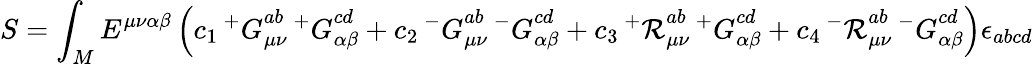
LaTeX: S=\int_{M}E^{\mu\nu\alpha\beta}\left(c_{1}\, {^+G}_{\mu\nu}^{ab}\, {^+G}_{\alpha\beta}^{cd}+c_{2}\, {^-G}_{\mu\nu}^{ab}\, {^-G}_{\alpha\beta}^{cd}+c_{3}\, {^+{\cal R}}_{\mu\nu}^{ab}\, {^+G}_{\alpha\beta}^{cd}+c_{4}\, {^-{\cal R}}_{\mu\nu}^{ab}\, {^-G}_{\alpha\beta}^{cd}\right)\epsilon_{abcd}